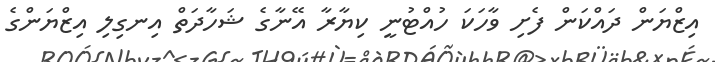
އިޒްޔަން ދައްކަން ފެށި ވާހަކަ ހުއްޓުނީ ކިޔާރާ އޭނާގެ ޝަހާދަތް އިނގިލި އިޒްޔަންގެ